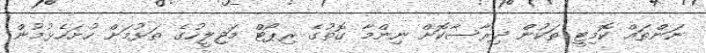
ނަންތައް ކޮމިޓީ ތަކުން ދިރާސާކޮށް ނިންމާ ގޮތުގެ ރިޕޯޓް މަޖިލީހުގެ ތަޅުމަށް ހުށަހެޅުމުން